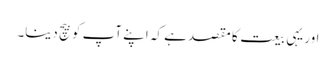
اور یہی بیعت کا مقصد ہے کہ اپنے آپ کو بیچ دینا۔